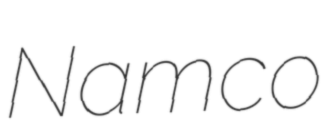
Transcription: Namco